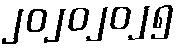
၂၀၂၀၂၀၂၅